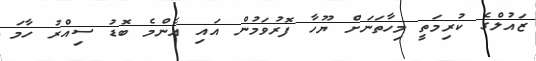
ޒައުލްގެ ކުރިމަތީ މިހާތަނަށް ޔޫހާ ފޮރުވަމުން އައި އެންމެ ބޮޑު ސިއްރު ހާމަ